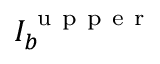
I _ { b } ^ { \mathrm { ~ u ~ p ~ p ~ e ~ r ~ } }